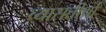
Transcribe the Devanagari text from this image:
व्यासतीर्था